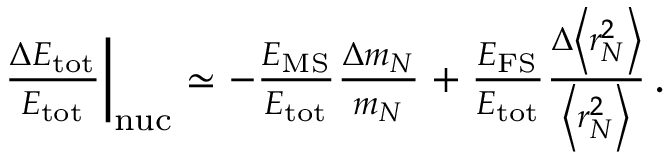
\begin{array} { r } { \! \! \! \! \! \! \! \left. \frac { \Delta E _ { \mathrm { t o t } } } { E _ { \mathrm { t o t } } } \right| _ { \mathrm { n u c } } \simeq - \frac { E _ { \mathrm { M S } } } { E _ { \mathrm { t o t } } } \frac { \Delta m _ { N } } { m _ { N } } + \frac { E _ { \mathrm { F S } } } { E _ { \mathrm { t o t } } } \frac { \Delta \left< r _ { N } ^ { 2 } \right> } { \left< r _ { N } ^ { 2 } \right> } \, . } \end{array}